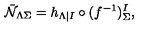
\bar { \cal N } _ { \Lambda \Sigma } = h _ { \Lambda | I } \circ ( f ^ { - 1 } ) _ { \Sigma } ^ { I } ,